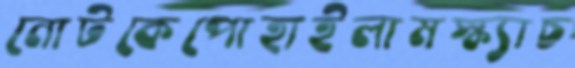
নোটকেপোহাইলামস্ক্যাচ